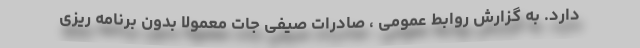
دارد. به گزارش روابط عمومی ، صادرات صیفی جات معمولا بدون برنامه ریزی